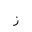
Letter: _zay